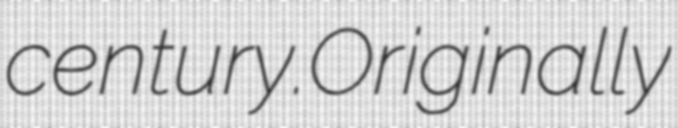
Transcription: century.Originally